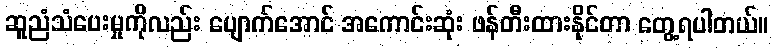
ဆူညံသံပေးမှုကိုလည်း ပျောက်အောင် အကောင်းဆုံး ဖန်တီးထားနိုင်တာ တွေ့ရပါတယ်။